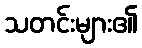
သတင်းများ၏